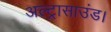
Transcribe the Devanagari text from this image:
अल्ट्रासाउंड।